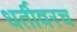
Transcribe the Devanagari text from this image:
धर्तीवरच